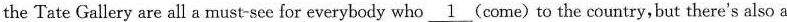
the Tate Gallery are all a must-see for everybody who \underline{1} (come) to the country,but there's also a